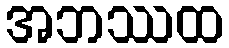
အဘဿထ